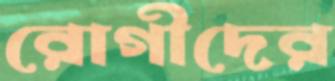
রোগীদের